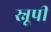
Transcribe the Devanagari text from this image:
स्नूपी